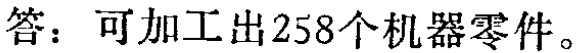
答：可加工出258个机器零件。